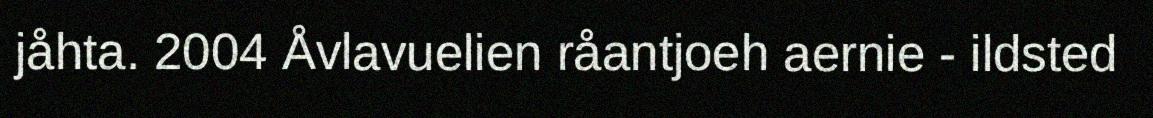
jåhta. 2004 Åvlavuelien råantjoeh aernie - ildsted